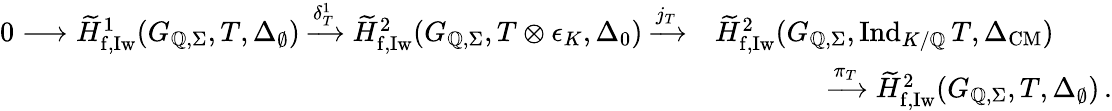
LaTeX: \begin{array}{r}{\begin{array}{rl}{0\longrightarrow\widetilde{H}_{\mathrm{f,Iw}}^{1}(G_{\mathbb{Q},\Sigma},T,\Delta_{\emptyset})\xrightarrow{\delta_{T}^{1}}\widetilde{H}_{\mathrm{f,Iw}}^{2}(G_{\mathbb{Q},\Sigma},T\otimes\epsilon_{K},\Delta_{0})\xrightarrow{j_{T}}}&{\widetilde{H}_{\mathrm{f,Iw}}^{2}(G_{\mathbb{Q},\Sigma},\mathrm{Ind}_{K/\mathbb{Q}}\, T,\Delta_{\mathrm{CM}})}\\ &{\qquad\qquad\xrightarrow{\pi_{T}}\widetilde{H}_{\mathrm{f,Iw}}^{2}(G_{\mathbb{Q},\Sigma},T,\Delta_{\emptyset})\, .}\end{array}}\end{array}